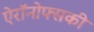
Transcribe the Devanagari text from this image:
ऐरॉनोफ्सकी